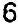
6